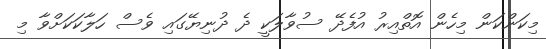
މިކަންކަން މިހެން އޮތްއިރު އުފެދޭ ސުވާލަކީ ދެ ދުނިޔޭގައި ވެސް ހަލާކަކަށްވާ މި